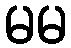
မမ